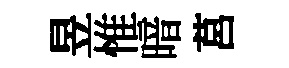
昱惟暗莒